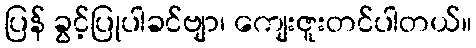
ပြန် ခွင့်ပြုပါခင်ဗျာ၊ ကျေးဇူးတင်ပါတယ်။